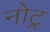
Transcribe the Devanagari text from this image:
नोट्र